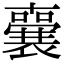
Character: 𭌌